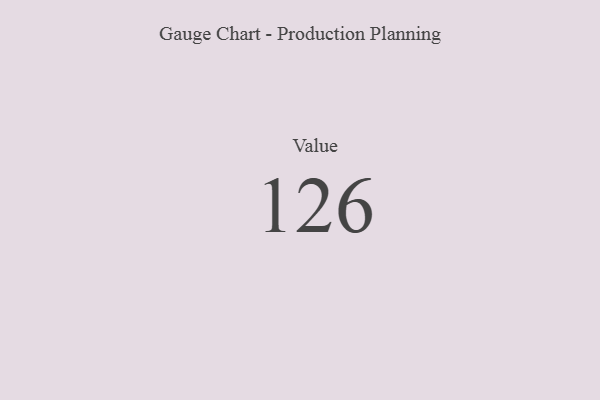
{"axis": {"x": "Metric", "y": "Value"}, "legend": [""], "data": [{"x": "Value", "y": 126, "type": ""}]}